Lunatic asylums Bombay report 1891-1903 - 1891-1903
Year: 1891
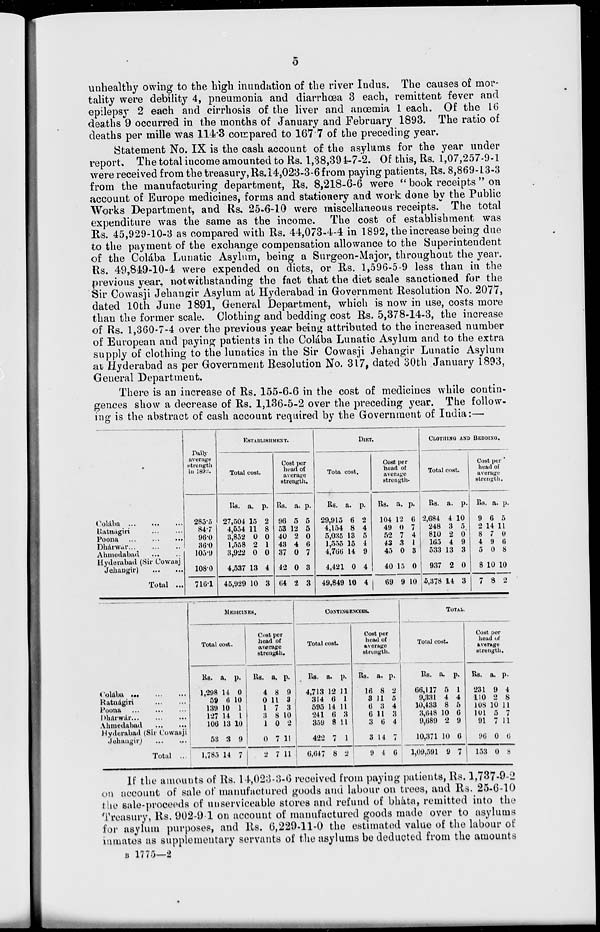
5
unhealthy owing to the high inundation of the river Indus. The causes of mor-
tality were debility 4, pneumonia and diarrhœa 3 each, remittent fever and
epilepsy 2 each and cirrhosis of the liver and anœmia 1 each. Of the 16
deaths 9 occurred in the months of January and February 1893. The ratio of
deaths per mille was 114.3 compared to 167.7 of the preceding year.
Statement No. IX is the cash account of the asylums for the year under
report. The total income amounted to Rs. 1,38,394-7-2. Of this, Rs. 1,07,257-9-1
were received from the treasury, Rs.14,023-3-6 from paying patients, Rs. 8,869-13-3
from the manufacturing department, Rs. 8,218-6-6 were " book receipts " on
account of Europe medicines, forms and stationery and work done by the Public
Works Department, and Rs. 25-6-10 were miscellaneous receipts. The total
expenditure was the same as the income. The cost of establishment was
Rs. 45,929-10-3 as compared with Rs. 44,073-4-4 in 1892, the increase being due
to the payment of the exchange compensation allowance to the Superintendent
of the Colába Lunatic Asylum, being a Surgeon-Major, throughout the year.
Rs. 49,849-10-4 were expended on diets, or Rs. 1,596-5-9 less than in the
previous year, notwithstanding the fact that the diet scale sanctioned for the
Sir Cowasji Jehangir Asylum at Hyderabad in Government Resolution No. 2077,
dated 10th June 1891, General Department, which is now in use, costs more
than the former scale. Clothing and bedding cost Rs. 5,378-14-3, the increase
of Rs. 1,360-7-4 over the previous year being attributed to the increased number
of European and paying patients in the Colába Lunatic Asylum and to the extra
supply of clothing to the lunatics in the Sir Cowasji Jehangir Lunatic Asylum
at Hyderabad as per Government Resolution No. 317, dated 30th January 1893,
General Department.
There is an increase of Rs. 155-6-6 in the cost of medicines while contin-
--nces show a decrease of Rs. 1,136-5-2 over the preceding year. The follow-
ing is the abstract of cash account required by the Government of India :—
Colába
...
...
...
Ratnágiri ... ... ...
Poona
...
...
....
Dhárwar ... ... ...
Ahmedabad
...
...
Hyderabad (Sir Cowasj
Jehangir)
...
...
Total ...
Daily
average
strength
in 1893.
285.5
84.7
96.0
36.0
105.9
108.0
716.1
ESTABLISHMENT.
Total cost.
Rs.
27,504
4,554
3,852
1,558
3,922
4,537
45,929
a.
15
11
0
2
0
13
10
p.
2
8
0
1
0
4
3
Cost per
head of
average
strength.
Rs.
96
53
40
43
37
42
64
a.
5
12
2
4
0
0
2
p.
5
5
0
6
7
3
3
DIET.
Tota cost.
Rs.
29,915
4,154
5,035
1,555
4,766
4,421
49,849
a.
6
8
13
15
14
0
10
p.
2
4
5
4
9
4
4
Cost per
head of
average
strength.
Rs.
104
49
52
43
45
40
69
a.
12
0
7
3
0
15
9
p.
6
7
4
1
3
0
10
CLOTHING AND BEDDING.
Total cost
Rs.
2,684
248
810
165
533
937
5,378
a.
4
3
2
4
13
2
14
p.
10
5
0
9
3
0
3
Cost per
head of
average
strength.
Rs
9
2
8
4
5
8
7
a.
6
14
7
9
0
10
8
p.
5
11
0
6
8
10
2
Colába ... ... ...
Ratnágiri ... ... ...
Poona
...
...
...
Dhárwár ... ... ...
Ahmedabad
...
...
Hyderabad (Sir Cowasji
Jehangir )... ...
Total ...
MEDICINES.
Total cost.
Rs.
1,298
59
139
127
106
53
1,785
a.
14
6
10
14
13
3
14
p.
0
10
1
1
10
9
7
Cost per
head of
average
strength.
Rs.
4
0
1
3
1
0
2
a.
8
11
7
8
0
7
7
p.
9
3
3
10
2
11
11
CONTINGENCIES.
Total cost.
Rs.
4,713
314
595
241
359
422
6,647
a.
12
6
14
6
8
7
8
p.
11
1
11
3
11
1
2
Cost per
head of
average
strength.
Rs.
16
3
6
6
3
3
9
a.
8
11
3
11
6
14
4
p.
2
5
4
3
4
7
6
Total.
Total cost.
Rs.
66,117
9,331
10,433
3,648
9,689
10,371
1,09,591
a.
5
4
8
10
2
10
9
p.
1
4
5
6
9
6
7
Cost per
head of
average
strength.
Rs.
231
110
108
101
91
96
153
a.
9
2
10
5
7
0
0
p.
4
8
11
7
11
6
8
If the amounts of Rs. 14,023-3-6 received from paying patients, Rs. 1,787-9-2
on account of sale of manufactured goods and labour on trees, and Rs. 25-6-10
the sale-proceeds of unserviceable stores and refund of bháta, remitted into the
Treasury, Rs. 902-9-1 on account of manufactured goods made over to asylums
for asylum purposes, and Rs. 6,229-11-0 the estimated value of the labour of
inmates as supplementary servants of the asylums be deducted from the amounts
B 1775—2